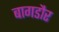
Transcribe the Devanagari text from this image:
बागडौर